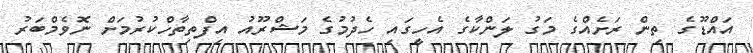
އައްޑޫގެ ތިން ރަށެއްގެ މަގު ލަންކާގެ އެހީގައި ހެދުމުގެ މަޝްރޫއު އިފްތިތާހްކުރުމަށް ނޮވެމްބަރު